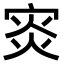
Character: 𡨼